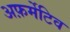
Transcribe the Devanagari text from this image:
अफ़र्मेटिव